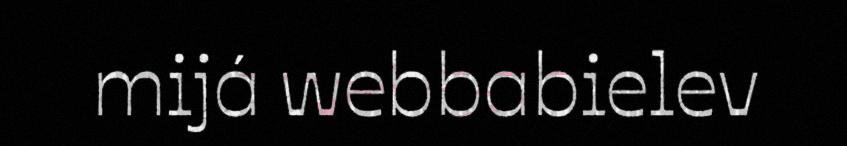
mijá webbabielev